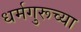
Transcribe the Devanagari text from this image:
धर्मगुरूच्या